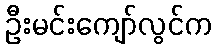
ဦးမင်းကျော်လွင်က